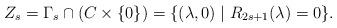
LaTeX: \begin{align*}Z_s=\Gamma_s\cap (C\times\{0\})=\{(\lambda,0)\mid R_{2s+1}(\lambda)=0\}. \end{align*}